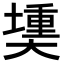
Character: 𪥟